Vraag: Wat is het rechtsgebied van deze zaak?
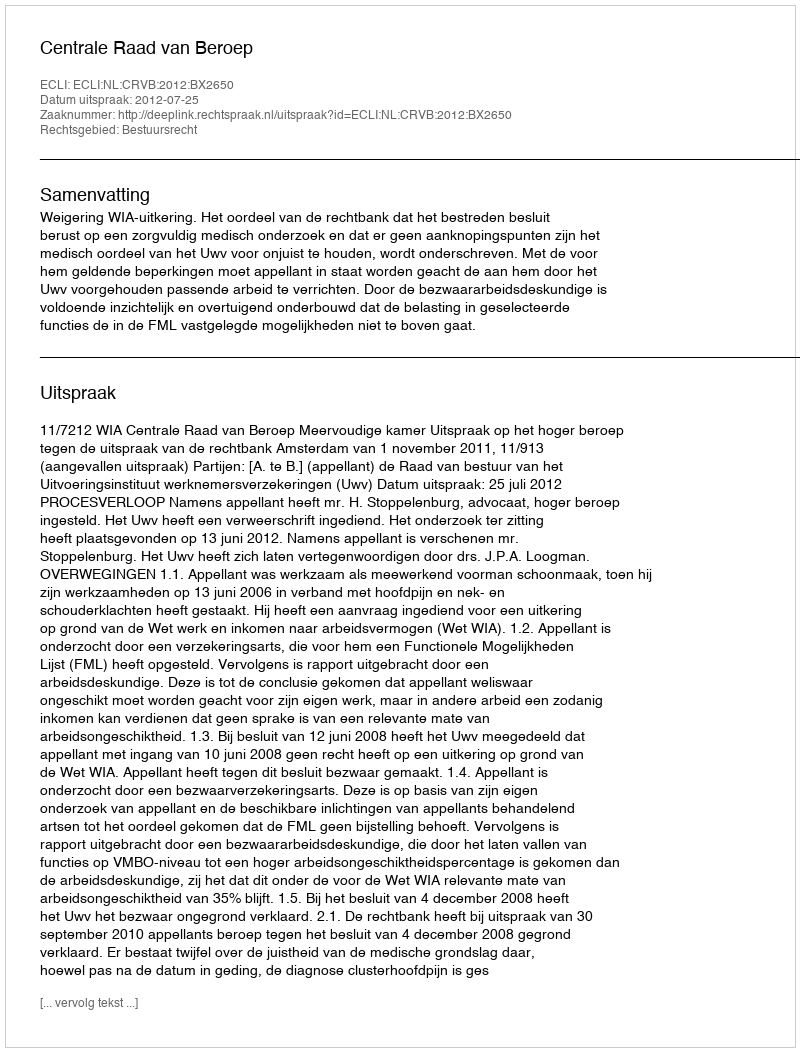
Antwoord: Bestuursrecht